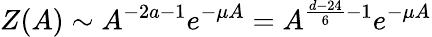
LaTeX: Z(A)\sim A^{-2a-1}e^{-\mu A}=A^{\frac{d-24}{6}-1}e^{-\mu A}